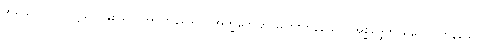
အရိယာပုဂ္ဂိုလ်တို့သည်နှစ်သက်အပ်ကုန်သော။ အက္ခဏ္ဍေဟိ၊ မကြိုးကုန်သော။ အစ္ဆိဒ္ဒေဟိ၊ မပေါက်ကုန်သော။